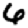
Digit: 6